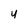
Character: y